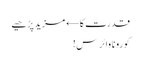
قدرت کا← مزید پڑھیے
کورونا وائرس!